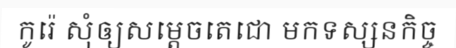
កូរ៉េ សុំឲ្យសម្តេចតេជោ មកទស្សនកិច្ច